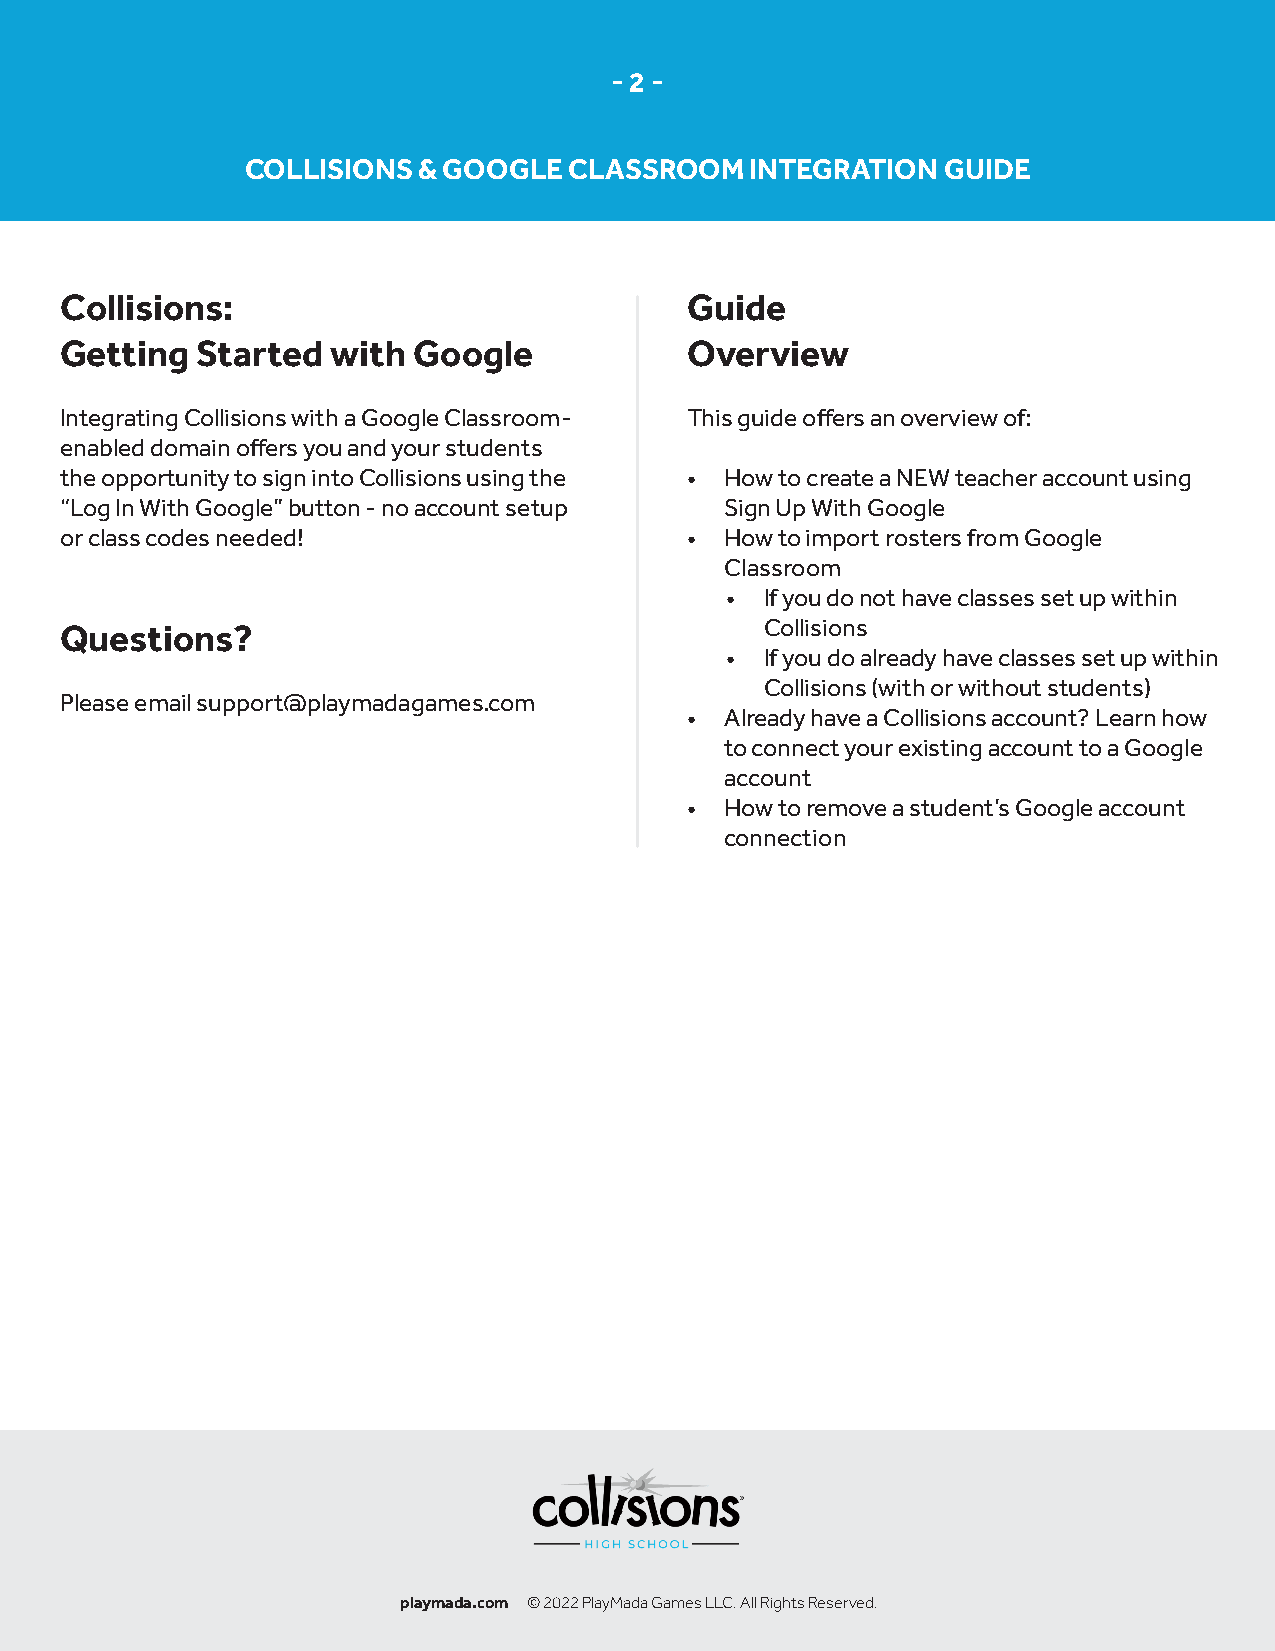
- 2 -
 COLLISIONS  & GOOGLE  CLASSROOM   INTEGRATION GUIDE
 Collisions:                              Guide
 Getting  Started  with Google            Overview
 Integrating Collisions with a Google Classroom- This guide offers an overview of:
 enabled domain offers you and your students
 the opportunity to sign into Collisions using the • How to create a NEW teacher account using
 “Log In With Google” button - no account setup Sign Up With Google
 or class codes needed!                   •  How to import rosters from Google
 Classroom
 •  If you do not have classes set up within
 Collisions
 Questions?
 •  If you do already have classes set up within
 Collisions (with or without students)
 Please email support@playmadagames.com
 •  Already have a Collisions account? Learn how
 to connect your existing account to a Google
 account
 •  How to remove a student’s Google account
 connection
 playmada.com © 2022 PlayMada Games LLC. All Rights Reserved.